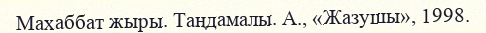
Махаббат жыры. Таңдамалы. А., «Жазушы», 1998.